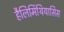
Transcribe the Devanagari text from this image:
हैलिमिंथियासिस